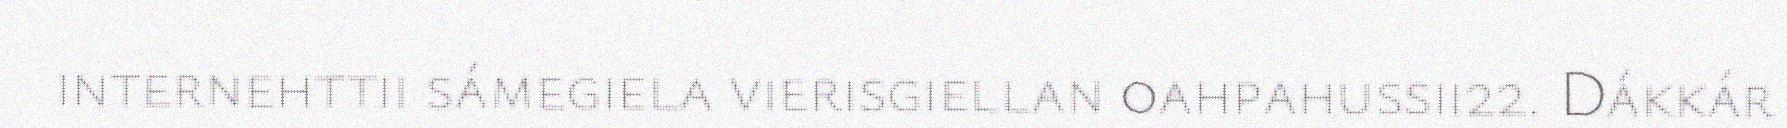
internehttii sámegiela vierisgiellan oahpahussii22. Dákkár